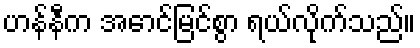
ဟန်နီက အောင်မြင်စွာ ရယ်လိုက်သည်။